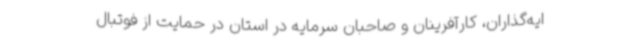
ایه‌گذاران، کارآفرینان و صاحبان سرمایه در استان در حمایت از فوتبال